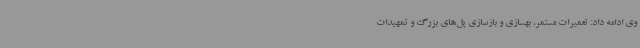
وی ادامه داد: تعمیرات مستمر، بهسازی و بازسازی پل‌های بزرگ و تمهیدات